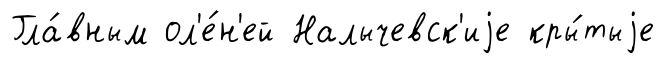
Гла́вным ол'е́н'ей Налычевск'иjе кры́тыjе